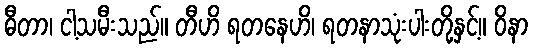
ဓီတာ၊ ငါ့သမီးသည်။ တီဟိ ရတနေဟိ၊ ရတနာသုံးပါးတို့နှင့်။ ဝိနာ